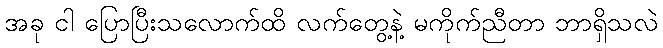
အခု ငါ ပြောပြီးသလောက်ထိ လက်တွေ့နဲ့ မကိုက်ညီတာ ဘာရှိသလဲ